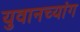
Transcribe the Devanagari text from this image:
युवानच्यांग